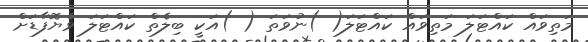
މަތިވައް ކައްޓަލަ މަތިވައް ކައްޓަލަ( )ނުވަތަ ( )އަކީ ބިލެތް ކައްޓަލަ ވެޔޮފާޑަށް